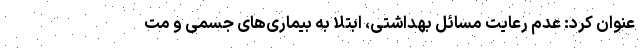
عنوان کرد: عدم رعایت مسائل بهداشتی، ابتلا به بیماری‌های جسمی و مت